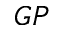
G P